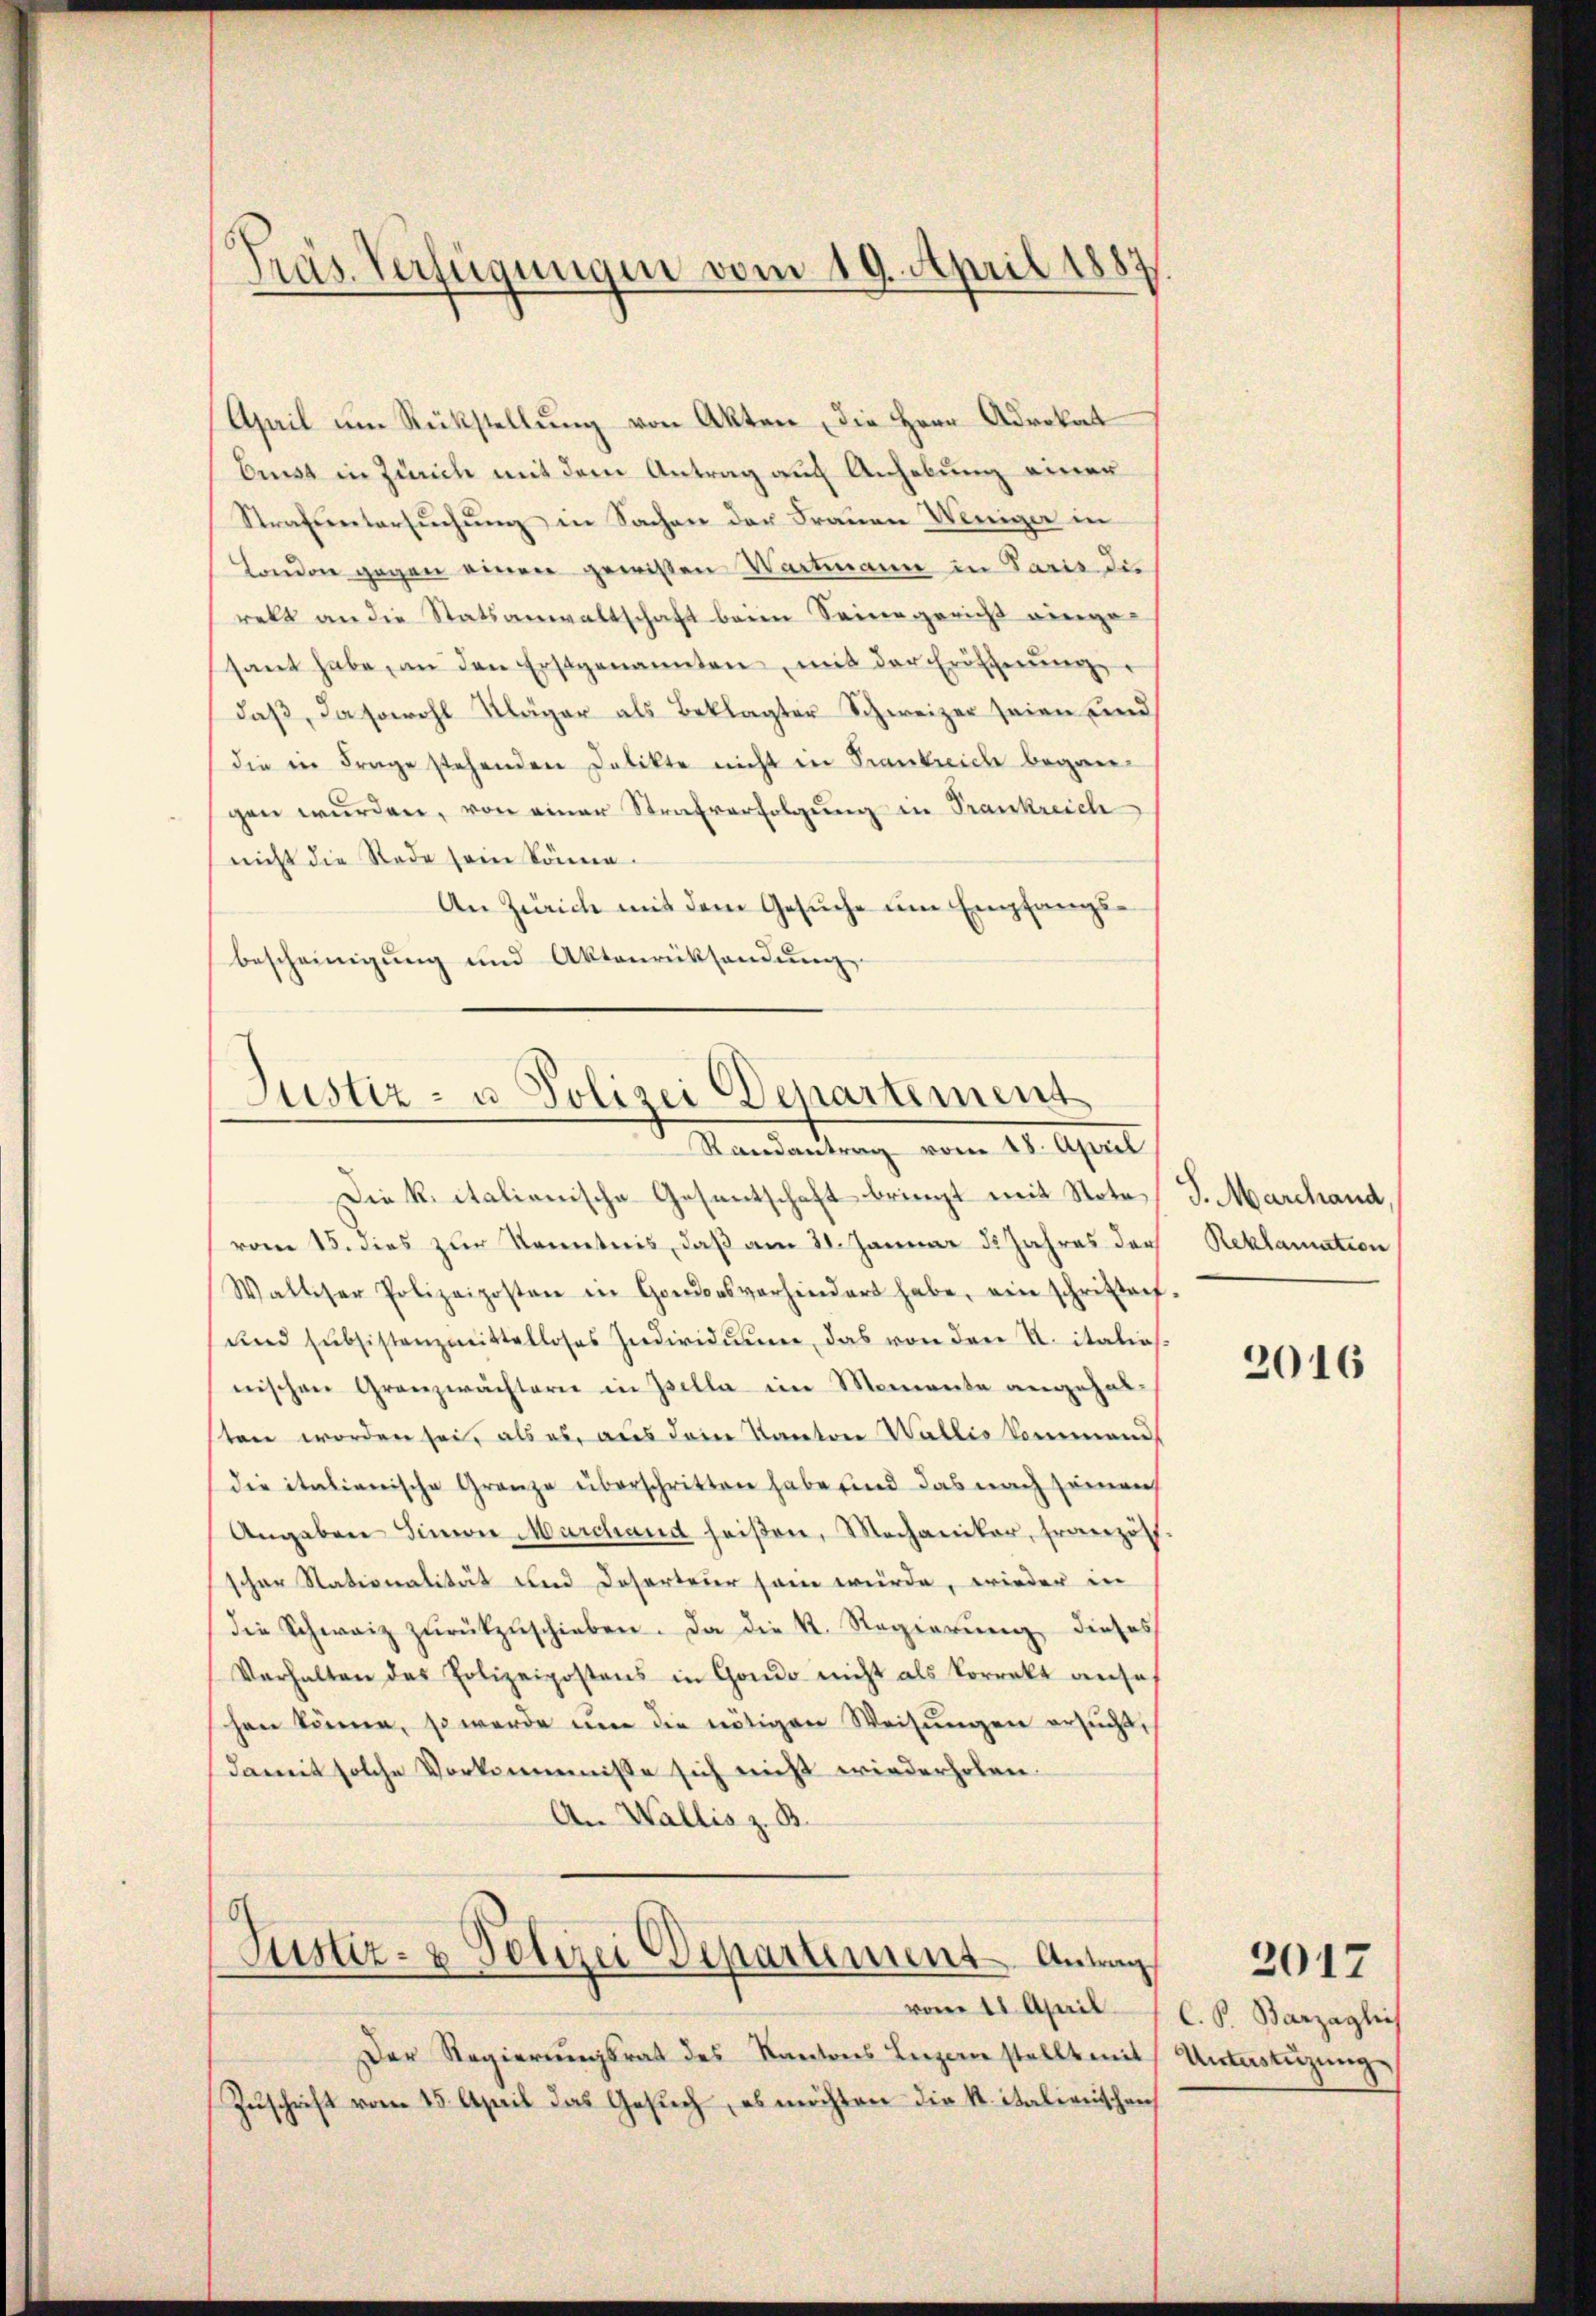
April um Rükstellung von Akten, die Herr Advokat
bnest in Zürich mit dem Antrag auf Anhebung einer
Strafsentersŭchŭng in Sachen der Frauen Weniger in
London gegen einen gewißen Wartmann in Paris die
rett an die Statsanwaltschaft beim Seine gericht einge-
sant habe, an den Erstgenannten, mit der Eröffnŭng
daß, da sowohl Kläger als Beklagter Schweizer seien und
die in Frage stehenden Delikte nicht in Frankreich begangen wurden, von einer Strafverfolgung in Frankreich
nicht die Rede sein könne.
An Zürich mit dem Gesuche um Empfangsbescheinigung und Aktenrücksendung

Präs. Verfügungen vom 19. April 1887

Justiz- u. Polizei Departement
Randantrag vom 28. April

Die K. italienische Gesentschaft bringt mit Note,
vom 15. dies zur Kenntnis, daß am 21. Januar 12 Jahres der
Walliser Polizeiposten in Gonionsverhindert habe, ein schrittech-
und subsistenzmittelloses Individuum, das von den U. italias.
nischen Granzwächterer in Zella im Momente angehalsten worden sei, als es, aus dem Kanton Wallis kommend
die italienische Grenze überschritten habe sind das nach seinen
Angaben Sinner Marchand heißen, Mechaniker, französ.
scher Nationalität und Deserteur sein würde, wieder in
die Schwarz zŭrückzŭschieben. Da die K. Regierŭng dieses
Verhalten des Polizeipostens in Gondo nicht als korrekt anse
schen könne, so werde um die nötigen Weisungen ersucht,
damit solche Vorkommnisse sich nicht wiederholen.
An Wallis z. B

Justiz- & Polizei Departement Antrag

vom 11. April 1 C. S. Barzaglic
Der Regierŭngsrat des Kantons Luzern stellt mit Unterstüzung
Zuschrift vom 15. April das Gesuch, es möchten die K. italienischen

S. Marchand,
Reklamation

2016

2017